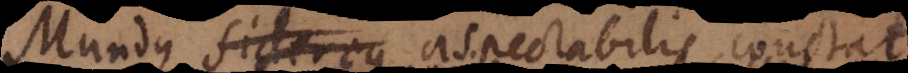
Mundus Sidereus aspectabilis constat